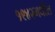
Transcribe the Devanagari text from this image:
१९४२मधील